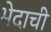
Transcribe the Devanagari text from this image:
भेदाची